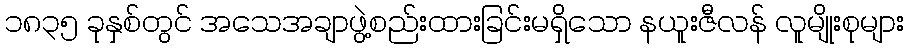
၁၈၃၅ ခုနှစ်တွင် အသေအချာဖွဲ့စည်းထားခြင်းမရှိသော နယူးဇီလန် လူမျိုးစုများ